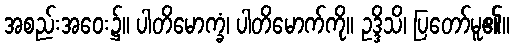
အစည်းအဝေး၌။ ပါတိမောက္ခံ၊ ပါတိမောက်ကို။ ဥဒ္ဒိသိ၊ ပြတော်မူ၏။